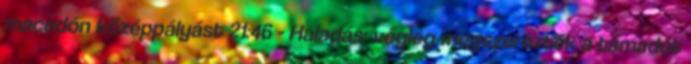
macedón középpályást 21:46 - Haladás: végleg megszerezték a támadót